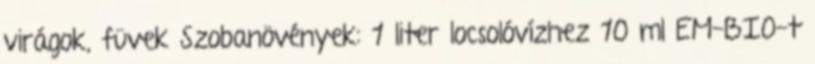
virágok, füvek Szobanövények: 1 liter locsolóvízhez 10 ml EM-BIO-t